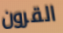
القرون